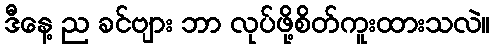
ဒီနေ့ ည ခင်ဗျား ဘာ လုပ်ဖို့စိတ်ကူးထားသလဲ။